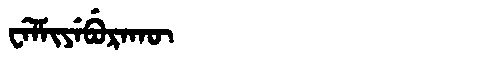
Manchu: ᠸᡝᠯᠮᡳᠶᡝᠪᡠᡵᠠᡴᡡ
Romanization: WELMIYEBURAKŪ